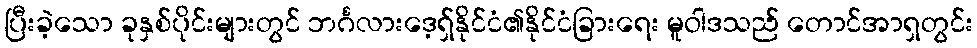
ပြီးခဲ့သော ခုနှစ်ပိုင်းများတွင် ဘင်္ဂလားဒေ့ရှ်နိုင်ငံ၏နိုင်ငံခြားရေး မူဝါဒသည် တောင်အာရှတွင်း